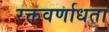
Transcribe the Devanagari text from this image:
रक्तवर्णाधता